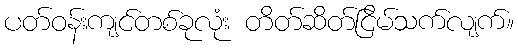
ပတ်ဝန်းကျင်တစ်ခုလုံး တိတ်ဆိတ်ငြိမ်သက်လျက်။